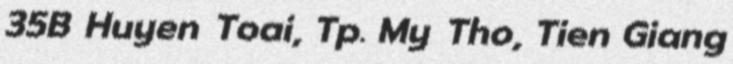
35B Huyen Toai, Tp. My Tho, Tien Giang